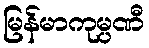
မြန်မာကုမ္ပဏီ